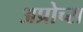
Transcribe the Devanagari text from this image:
अप्रोच्स